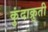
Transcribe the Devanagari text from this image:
कुंदाक्रुती